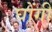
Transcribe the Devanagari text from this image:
घोंगी